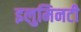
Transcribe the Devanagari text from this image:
इलुमिनटी